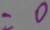
= 0